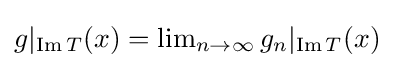
\textstyle g|_{\operatorname {Im} T}(x)=\lim _{n\to \infty }g_{n}|_{\operatorname {Im} T}(x)